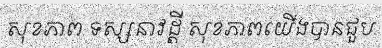
សុខភាព ទស្សនាវដ្តី សុខភាពយើងបានជួប